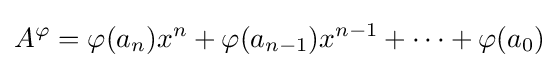
A^{\varphi }=\varphi (a_{n})x^{n}+\varphi (a_{n-1})x^{n-1}+\cdots +\varphi (a_{0})